Insane asylums Bombay 1873-77 - 1873-1877
Year: 1873
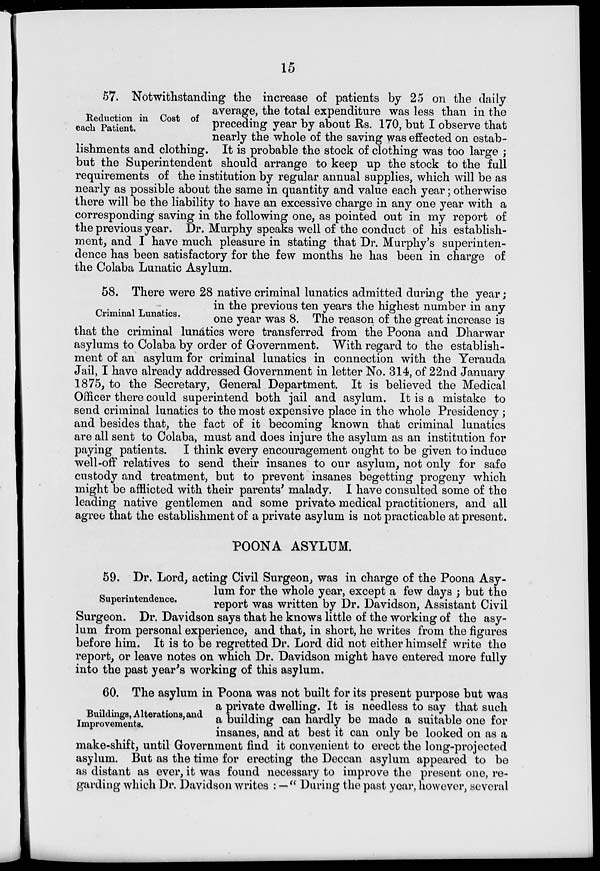
15
Reduction in Cost of
each Patient.
57. Notwithstanding the increase of patients by 25 on the daily
average, the total expenditure was less than in the
preceding year by about Rs. 170, but I observe that
nearly the whole of the saving was effected on estab-
lishments and clothing. It is probable the stock of clothing was too large ;
but the Superintendent should arrange to keep up the stock to the full
requirements of the institution by regular annual supplies, which will be as
nearly as possible about the same in quantity and value each year; otherwise
there will be the liability to have an excessive charge in any one year with a
corresponding saving in the following one, as pointed out in my report of
the previous year. Dr. Murphy speaks well of the conduct of his establish-
ment, and I have much pleasure in stating that Dr. Murphy's superinten-
dence has been satisfactory for the few months he has been in charge of
the Colaba Lunatic Asylum.
Criminal Lunatics.
58. There were 28 native criminal lunatics admitted during the year;
in the previous ten years the highest number in any
one year was 8. The reason of the great increase is
that the criminal lunatics were transferred from the Poona and Dharwar
asylums to Colaba by order of Government. With regard to the establish-
ment of an asylum for criminal lunatics in connection with the Yerauda
Jail, I have already addressed Government in letter No. 314, of 22nd January
1875, to the Secretary, General Department. It is believed the Medical
Officer there could superintend both jail and asylum. It is a mistake to
send criminal lunatics to the most expensive place in the whole Presidency;
and besides that, the fact of it becoming known that criminal lunatics
are all sent to Colaba, must and does injure the asylum as an institution for
paying patients. I think every encouragement ought to be given to induce
well-off relatives to send their insanes to our asylum, not only for safe
custody and treatment, but to prevent insanes begetting progeny which
might be afflicted with their parents' malady. I have consulted some of the
leading native gentlemen and some private medical practitioners, and all
agree that the establishment of a private asylum is not practicable at present.
POONA ASYLUM.
Superintendence.
59. Dr. Lord, acting Civil Surgeon, was in charge of the Poona Asy-
lum for the whole year, except a few days ; but the
report was written by Dr. Davidson, Assistant Civil
Surgeon. Dr. Davidson says that he knows little of the working of the asy-
lum from personal experience, and that, in short, he writes from the figures
before him. It is to be regretted Dr. Lord did not either himself write the
report, or leave notes on which Dr. Davidson might have entered more fully
into the past year's working of this asylum.
Buildings, Alterations, and
Improvements.
60. The asylum in Poona was not built for its present purpose but was
a private dwelling. It is needless to say that such
a building can hardly be made a suitable one for
insanes, and at best it can only be looked on as a
make-shift, until Government find it convenient to erect the long-projected
asylum. But as the time for erecting the Deccan asylum appeared to be
as distant as ever, it was found necessary to improve the present one, re-
garding which Dr. Davidson writes : — " During the past year, however, several